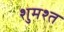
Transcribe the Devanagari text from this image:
शुमश्त